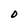
Character: O